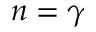
n = \gamma